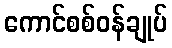
ကောင်စစ်ဝန်ချုပ်